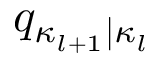
q _ { \kappa _ { l + 1 } | \kappa _ { l } }